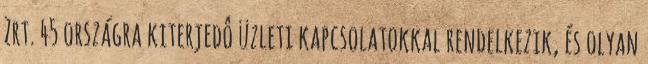
Zrt. 45 országra kiterjedô üzleti kapcsolatokkal rendelkezik, és olyan